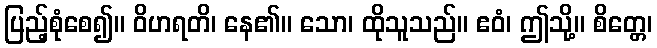
ပြည့်စုံစေ၍။ ဝိဟရတိ၊ နေ၏။ သော၊ ထိုသူသည်။ ဧဝံ၊ ဤသို့။ စိတ္တေ၊